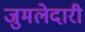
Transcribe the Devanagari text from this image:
जुमलेदारी